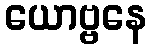
ယောဗ္ဗနေ